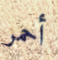
أحمر